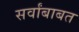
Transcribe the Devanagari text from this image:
सर्वांबाबत